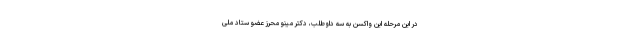
در این مرحله این واکسن به سه داوطلب، دکتر مینو محرز عضو ستاد ملی